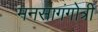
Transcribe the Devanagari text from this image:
मनसागंगोत्री